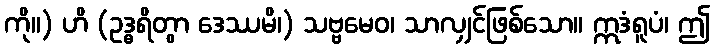
ကို။) ဟိ (ဥဒ္ဓရိတွာ ဒေဿမိ၊) သဗ္ဗမေဝ၊ သာလျှင်ဖြစ်သော။ ဣဒံရူပံ၊ ဤ